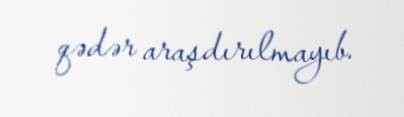
qədər araşdırılmayıb.